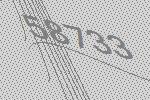
58733